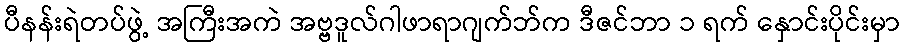
ပီနန်းရဲတပ်ဖွဲ့ အကြီးအကဲ အဗ္ဗဒူလ်ဂါဖာရာဂျက်ဘ်က ဒီဇင်ဘာ ၁ ရက် နှောင်းပိုင်းမှာ